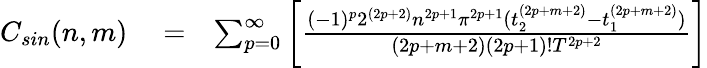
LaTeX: \begin{array}{rlr}{C_{sin}(n,m)}&{{}=}&{\sum_{p=0}^{\infty}\bigg[\frac{(-1)^{p}2^{(2p+2)}n^{2p+1}\pi^{2p+1}(t_{2}^{(2p+m+2)}-t_{1}^{(2p+m+2)})}{(2p+m+2)(2p+1)!T^{2p+2}}\bigg]}\end{array}